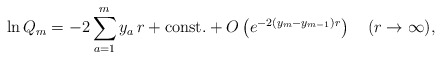
\begin{align*}\ln Q_m = -2\sum_{a=1}^{m}y_a\,r + \mbox{const.}+ O\left(e^{-2(y_{m}-y_{m-1})r}\right)\quad(r\to\infty) ,\end{align*}